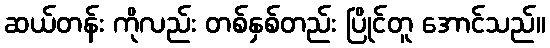
ဆယ်တန်း ကိုလည်း တစ်နှစ်တည်း ပြိုင်တူ အောင်သည်။